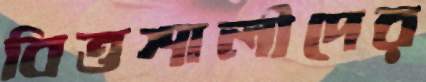
বিত্তশালীদের